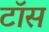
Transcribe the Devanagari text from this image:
टाॅस